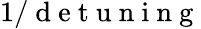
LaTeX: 1/\mathrm{~d~e~t~u~n~i~n~g~}